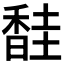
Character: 𫗼